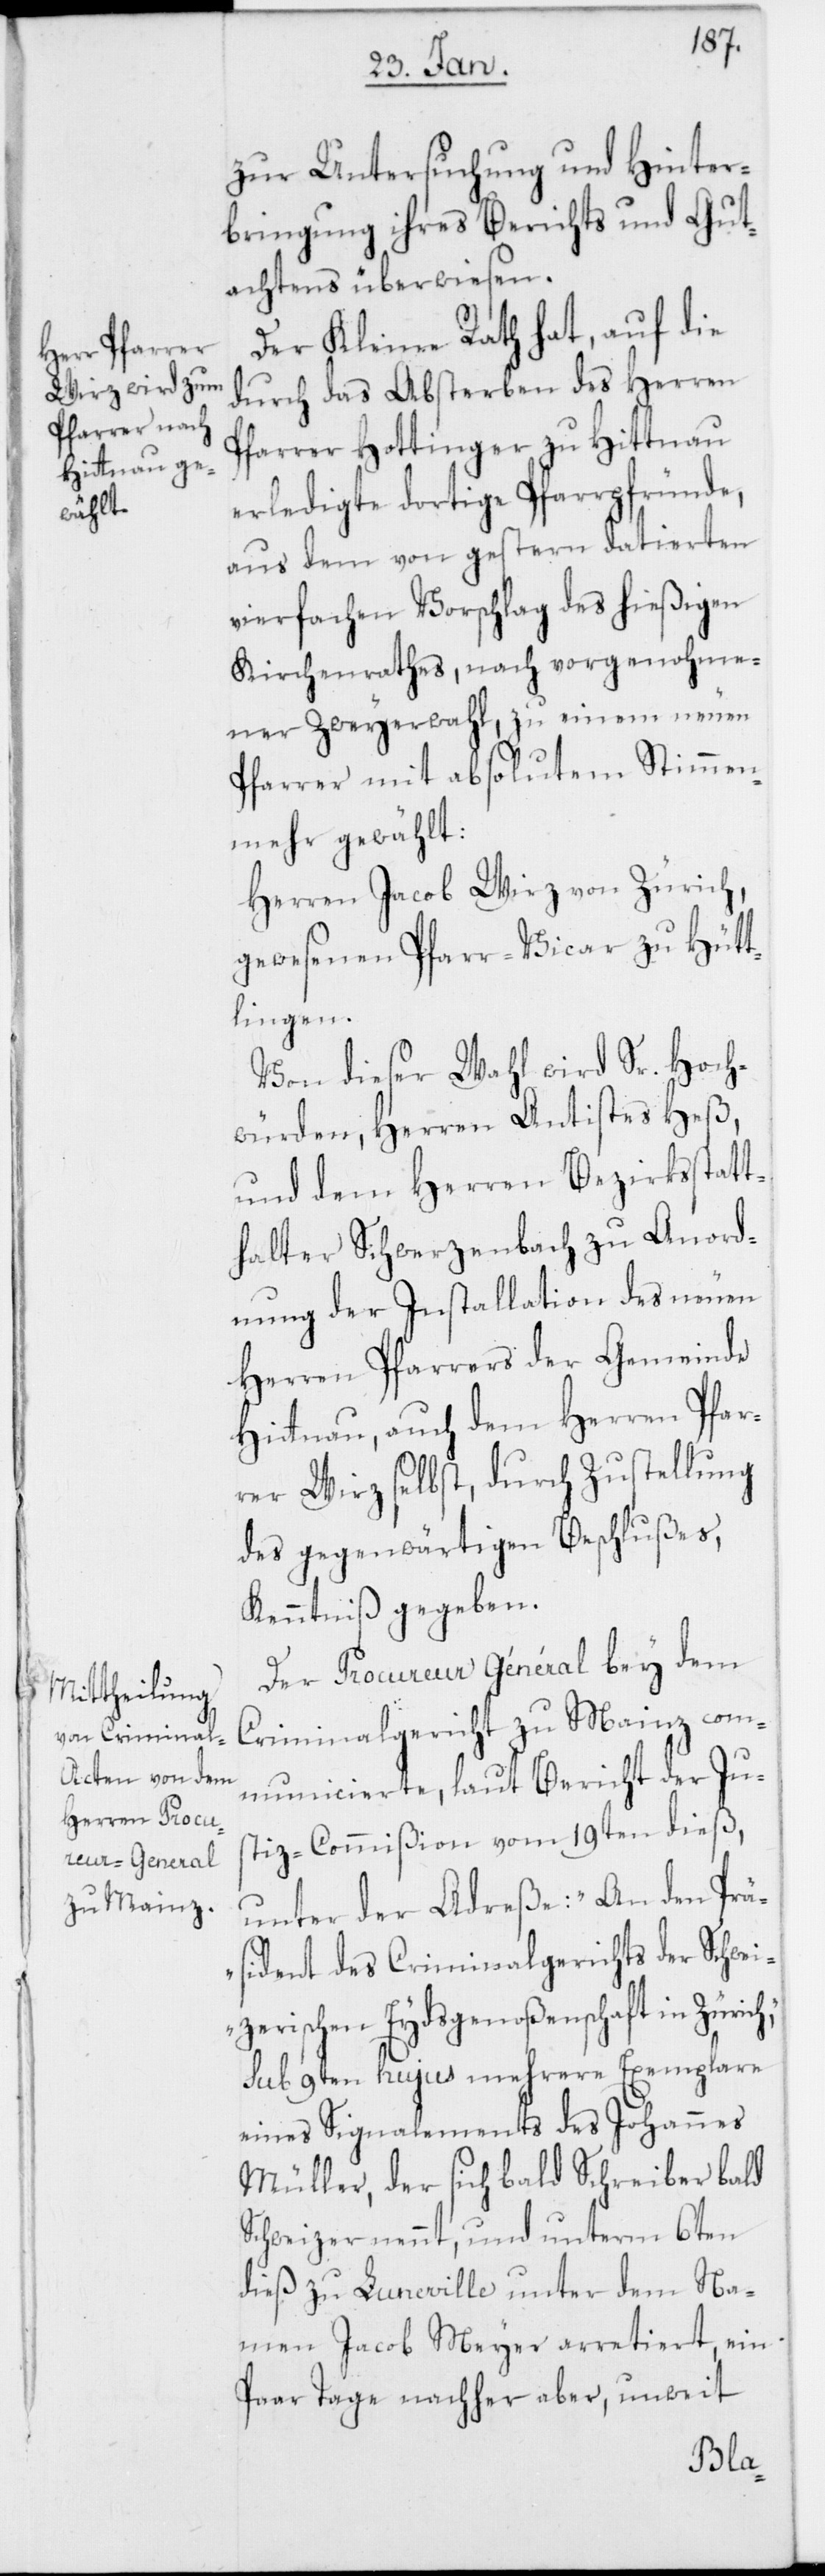
h“,

zur Untersuchung und Hinter¬
bringung ihres Berichts und Gut¬
achtens überwiesen.
Der Kleine Rath hat, auf die
durch das Absterben des Herren
Pfarrer Hottinger zu Hittnau
erledigte dortige Pfarrpfründe,
aus dem von gestern datierten
vierfachen Vorschlag des hießigen
Kirchenrathes, nach vorgenohme¬
ner Zweyerwahl, zu einem neuen
Pfarrer mit absolutem Stimmen¬
mehr gewählt:
Herren Jacob Wirz von Zürich,
gewesenen Pfarr-Vicar zu Hütt¬
lingen.
Von dieser Wahl wird Sr. Hoch¬
würden, Herren Antistes Heß,
und dem Herren Bezirksstatt¬
halter Schwerzenbach zu Anord¬
nung der Installation des neuen
Herren Pfarrers der Gemeinde
Hittnau, auch dem Herren Pfar¬
rer Wirz selbst, durch Zustellung
des gegenwärtigen Beschlußes,
Kenntniß gegeben.
Der Procureur Général bey dem
Criminalgericht zu Mainz com¬
municierte, laut Bericht der Jus¬
tiz-Commißion vom 19ten dieß,
unter der Adreße: „An den Prä¬
sident des Criminalgerichts der Schwei¬
zerischen Eydsgenoßenschaft in Züric¬
sub 9ten hujus mehrere Exemplare
eines Signalements des Johannes
Müller, der sich bald Schreiber bald
Schweizer nennt, und unterm 6ten
dieß zu Luneville unter dem Na¬
men Jacob Meyer arretiert, ein
Paar Tage nachher aber, unweit